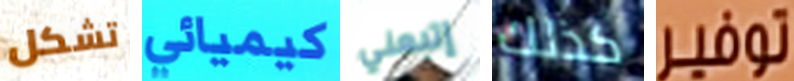
تشكل كيميائي إتبعني كذلك توفير